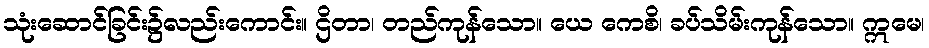
သုံးဆောင်ခြင်း၌လည်းကောင်း။ ဌိတာ၊ တည်ကုန်သော။ ယေ ကေစိ၊ ခပ်သိမ်းကုန်သော။ ဣမေ၊